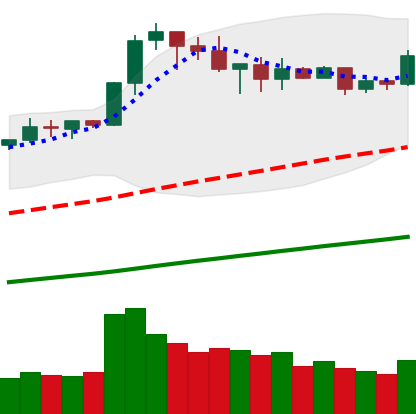
Ticker: BNB-USD
Chart end date: 2019-05-02
Forward return: -11.562%
Label: down_7plus